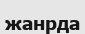
жанрда